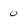
Character: 0